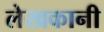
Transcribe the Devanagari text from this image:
लेखकानी